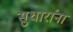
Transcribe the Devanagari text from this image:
सुधारांना